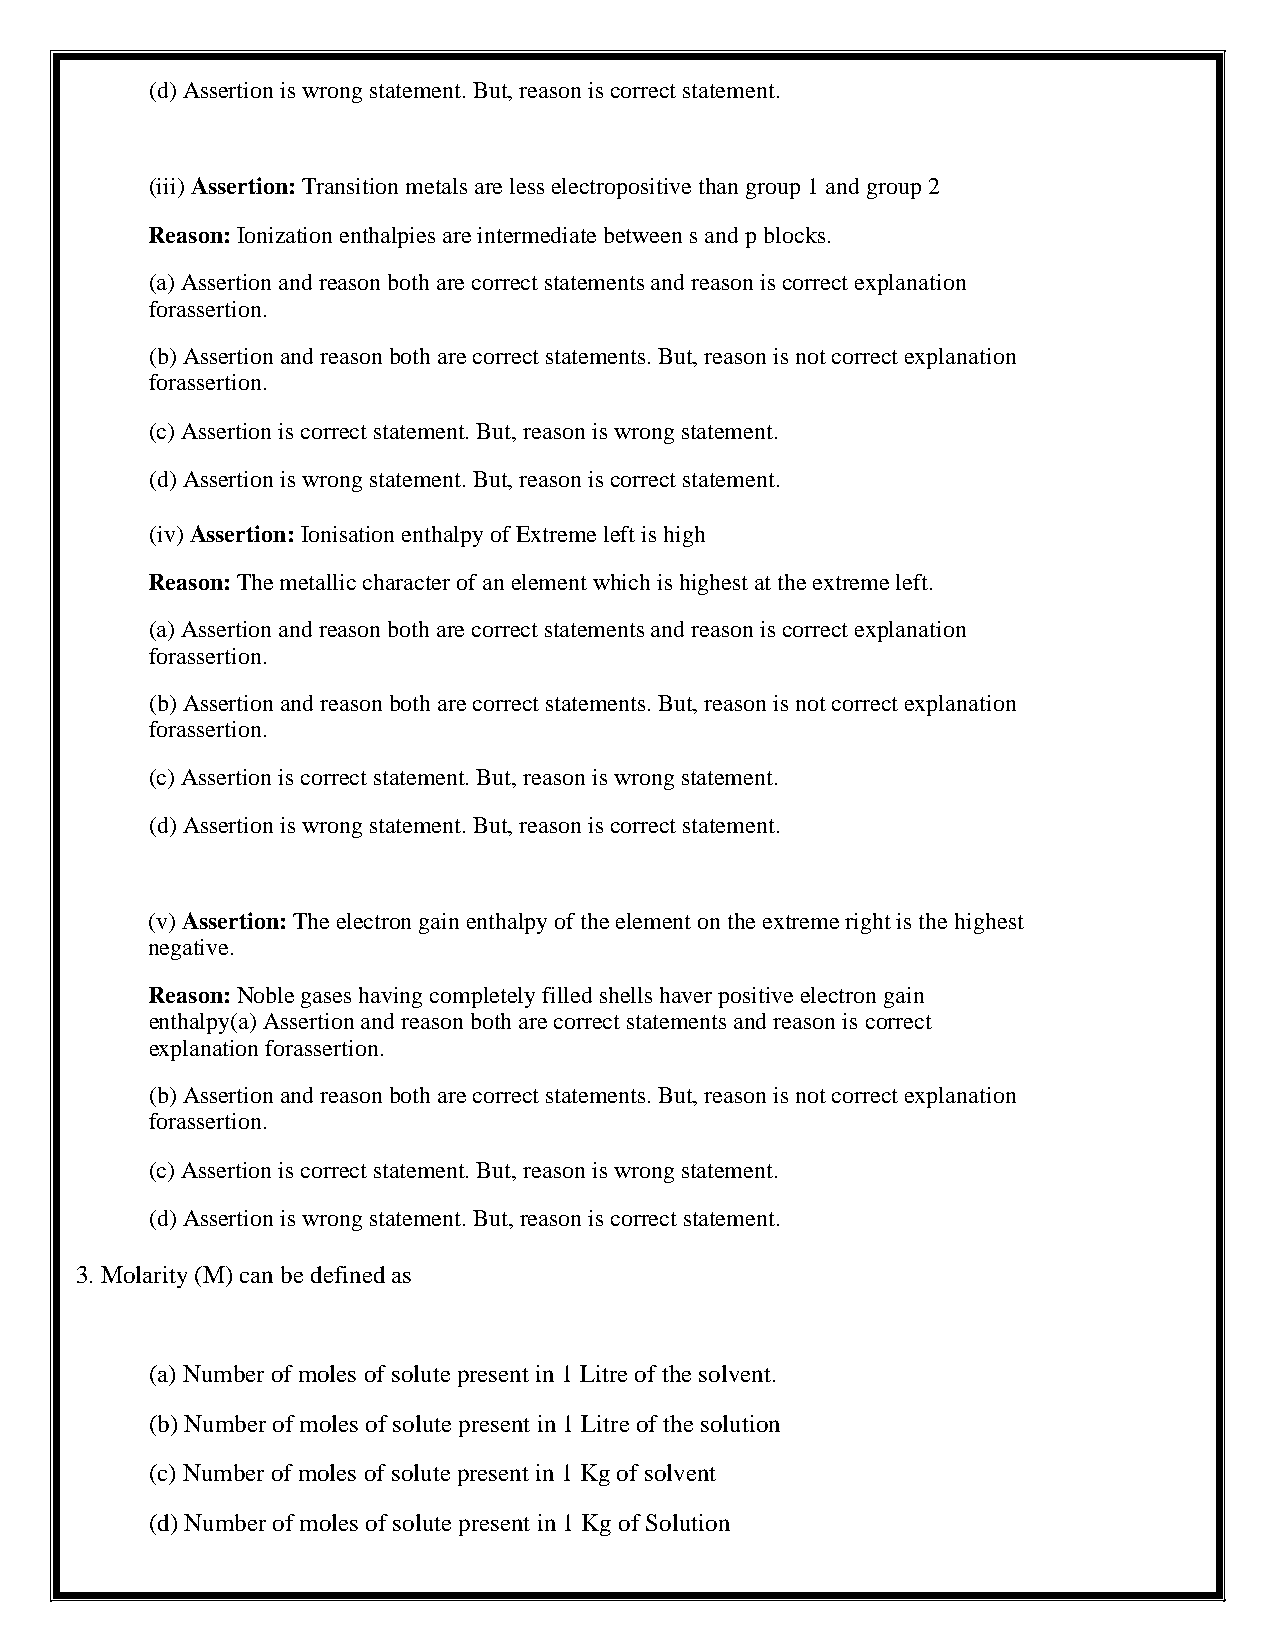
(d) Assertion is wrong statement. But, reason is correct statement.
 (iii) Assertion: Transition metals are less electropositive than group 1 and group 2
 Reason: Ionization enthalpies are intermediate between s and p blocks.
 (a) Assertion and reason both are correct statements and reason is correct explanation
 forassertion.
 (b) Assertion and reason both are correct statements. But, reason is not correct explanation
 forassertion.
 (c) Assertion is correct statement. But, reason is wrong statement.
 (d) Assertion is wrong statement. But, reason is correct statement.
 (iv) Assertion: Ionisation enthalpy of Extreme left is high
 Reason: The metallic character of an element which is highest at the extreme left.
 (a) Assertion and reason both are correct statements and reason is correct explanation
 forassertion.
 (b) Assertion and reason both are correct statements. But, reason is not correct explanation
 forassertion.
 (c) Assertion is correct statement. But, reason is wrong statement.
 (d) Assertion is wrong statement. But, reason is correct statement.
 (v) Assertion: The electron gain enthalpy of the element on the extreme right is the highest
 negative.
 Reason: Noble gases having completely filled shells haver positive electron gain
 enthalpy(a) Assertion and reason both are correct statements and reason is correct
 explanation forassertion.
 (b) Assertion and reason both are correct statements. But, reason is not correct explanation
 forassertion.
 (c) Assertion is correct statement. But, reason is wrong statement.
 (d) Assertion is wrong statement. But, reason is correct statement.
 3. Molarity (M) can be defined as
 (a) Number of moles of solute present in 1 Litre of the solvent.
 (b) Number of moles of solute present in 1 Litre of the solution
 (c) Number of moles of solute present in 1 Kg of solvent
 (d) Number of moles of solute present in 1 Kg of Solution